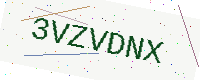
Text: 3VZVDNX